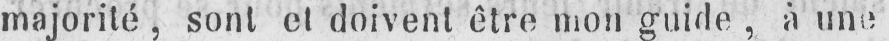
majorité, sont et doivent être mon guide, à une